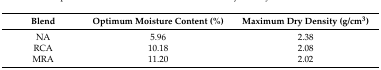
<table><thead><tr><td><b>Blend</b></td><td><b>Optimum Moisture Content (%)</b></td><td><b>Maximum Dry Density (g/cm<sup>3</sup>)</b></td></tr></thead><tbody><tr><td>NA</td><td>5.96</td><td>2.38</td></tr><tr><td>RCA</td><td>10.18</td><td>2.08</td></tr><tr><td>MRA</td><td>11.20</td><td>2.02</td></tr></tbody></table>